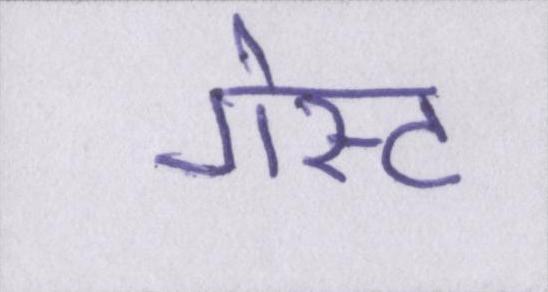
गेस्ट